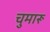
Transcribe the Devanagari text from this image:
चुमारू